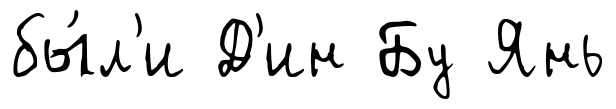
бы́л'и Д'ин Бу Янь